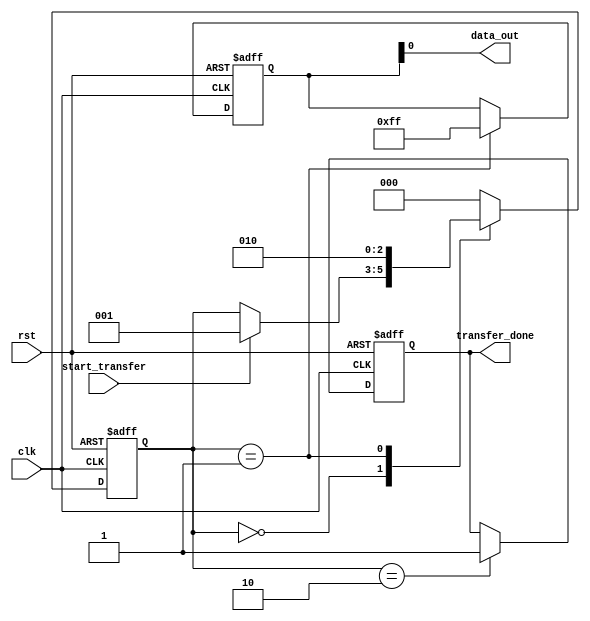
module spi_master (
    input wire clk,
    input wire rst,
    input wire start_transfer,
    output wire data_out,
    output reg transfer_done
);

reg [7:0] data;
reg [2:0] state;

parameter IDLE = 3'b000;
parameter SEND = 3'b001;
parameter FINISH = 3'b010;

always @ (posedge clk or posedge rst)
begin
    if (rst) begin
        state <= IDLE;
        data <= 8'h00;
        transfer_done <= 1'b0;
    end else begin
        case (state)
            IDLE: begin
                if (start_transfer) begin
                    state <= SEND;
                end
            end
            SEND: begin
                data <= 8'hFF; // example data to be sent
                state <= FINISH;
            end
            FINISH: begin
                transfer_done <= 1'b1;
                state <= IDLE;
            end
            default: state <= IDLE;
        endcase
    end
end

assign data_out = data;

endmodule